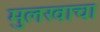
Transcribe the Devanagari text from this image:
मुलखाचा